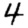
Digit: 4